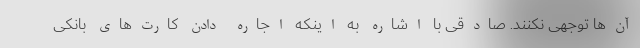
آن‌ها توجهی نکنند. صادقی با اشاره به اینکه اجاره دادن کارت‌های بانکی